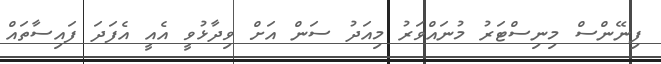
ފިނޭންސް މިނިސްޓަރު މުނައްވަރު މިއަދު ސަން އަށް ވިދާޅުވީ އެއީ އެފަދަ ފައިސާތައް